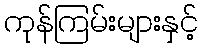
ကုန်ကြမ်းများနှင့်